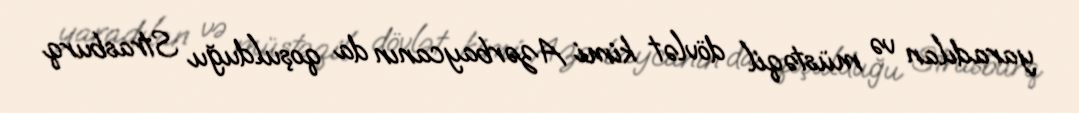
yaradılan və müstəqil dövlət kimi Azərbaycanın da qoşulduğu Strasburq